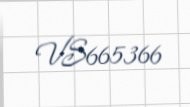
VS665366